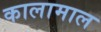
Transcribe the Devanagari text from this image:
कालामाल